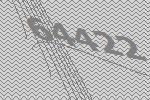
64422